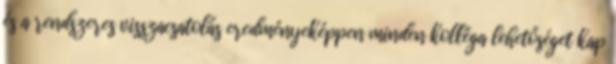
és a rendszeres visszacsatolás eredményeképpen minden kolléga lehetőséget kap